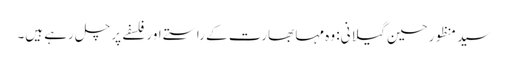
سید منظور حسین گیلانی: وہ مہا بھارت کے راستے اور فلسفے پر چل رہے ہیں۔